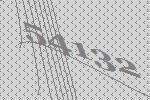
54132